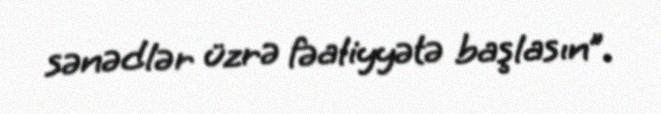
sənədlər üzrə fəaliyyətə başlasın”.